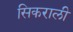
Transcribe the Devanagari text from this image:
सिकराली